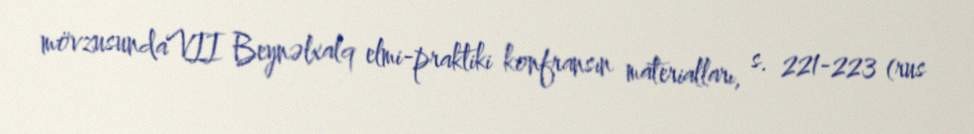
mövzusundaVII Beynəlxalq elmi-praktiki konfransın materialları, s. 221-223 (rus